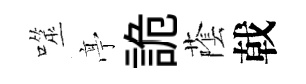
噬𠅘詭䕃戟